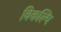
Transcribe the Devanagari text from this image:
विकल्पि